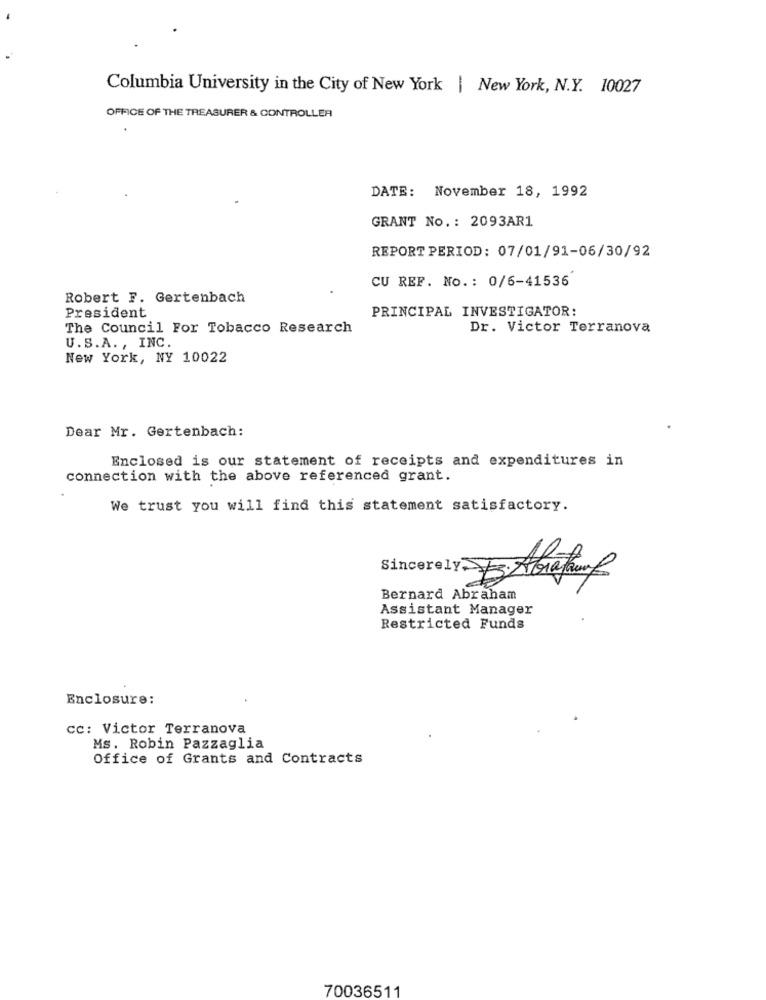
Columbia University in the City of New York | New York, N.Y. 10027
OFFICE OF THE TREASURER & CONTROLLER
DATE: November 18, 1992
GRANT No .: 2093AR1
REPORT PERIOD: 07/01/91-06/30/92
CU REF. No .: 0/6-41536
Robert F. Gertenbach
PRINCIPAL INVESTIGATOR:
President
The Council For Tobacco Research
Dr. Victor Terranova
U.S.A ., INC.
New York, NY 10022
Dear Mr. Gertenbach:
Enclosed is our statement of receipts and expenditures in
connection with the above referenced grant.
We trust you will find this statement satisfactory.
Sincerely Abraham
Bernard Abraham
Assistant Manager
Restricted Funds
Enclosure:
cc: Victor Terranova
Ms. Robin Pazzaglia
Office of Grants and Contracts
70036511